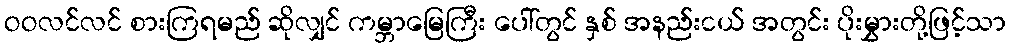
ဝဝလင်လင် စားကြရမည် ဆိုလျှင် ကမ္ဘာမြေကြီး ပေါ်တွင် နှစ် အနည်းငယ် အတွင်း ပိုးမွှားတို့ဖြင့်သာ